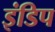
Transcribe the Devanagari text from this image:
इंडिप